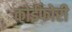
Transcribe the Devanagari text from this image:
कोईफोरी